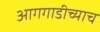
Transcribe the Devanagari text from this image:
आगगाडीच्याच